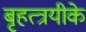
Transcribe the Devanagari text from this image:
बृहत्त्रयीके